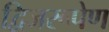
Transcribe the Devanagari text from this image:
द्विजरूपेण